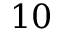
1 0